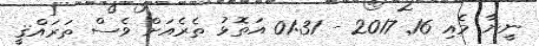
ނީނާ މެއި 16